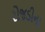
રોજડીના